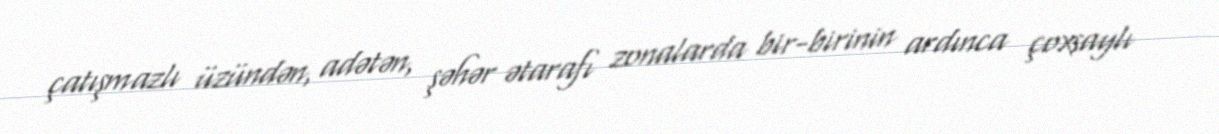
çatışmazlı üzündən, adətən, şəhər ətarafı zonalarda bir-birinin ardınca çoxsaylı